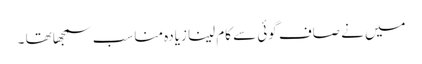
میں نے صاف گوئی سے کام لینا زیادہ مناسب سمجھا تھا ۔